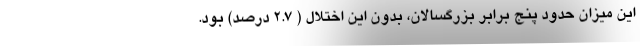
این میزان حدود پنج برابر بزرگسالان، بدون این اختلال ( ۲.۷ درصد) بود.